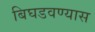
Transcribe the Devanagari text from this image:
बिघडवण्यास